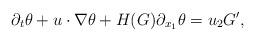
LaTeX: \begin{align*} \partial_t \theta+ u\cdot\nabla\theta+H(G)\partial_{x_1}\theta=u_2 G',\end{align*}